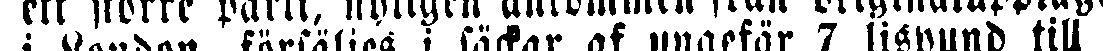
ett större parti, nyligen ankommen från originalupplaget